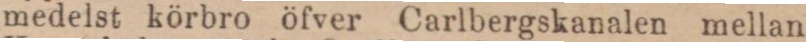
medelst körbro öfver Carlbergskanalen mellan